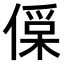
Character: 𠍂